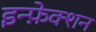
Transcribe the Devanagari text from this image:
इन्फ़ेक्शन